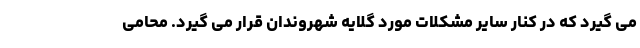
می گیرد که در کنار سایر مشکلات مورد گلایه شهروندان قرار می گیرد. محامی